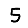
Digit: 5